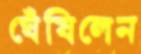
ঘেঁষিলেন